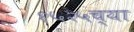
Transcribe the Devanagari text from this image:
१५२५च्या